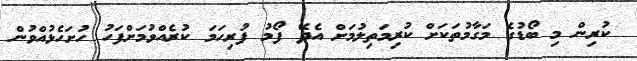
ކުރިން މި ބޯޑުގެ މަގާމުތަކަށް ކުރިމަތިލުމަށް އެދޭ ފޯމު ފުރިހަމަ ކުރެއްވުމަށްފަހު ހުށަހެޅުއްވުން